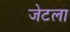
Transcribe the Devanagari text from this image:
जेटला